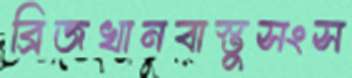
ব্রিজখানবাস্তুসংস